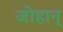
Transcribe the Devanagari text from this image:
जोहान्